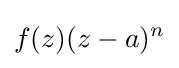
f(z)(z-a)^{n}